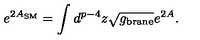
e ^ { 2 A _ { \mathrm { S M } } } = \int d ^ { p - 4 } z \sqrt { g _ { \mathrm { b r a n e } } } e ^ { 2 A } .